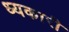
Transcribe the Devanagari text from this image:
ध्यकारी